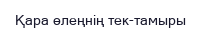
Қара өлеңнің тек-тамыры